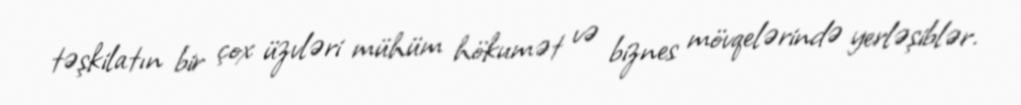
təşkilatın bir çox üzvləri mühüm hökumət və biznes mövqelərində yerləşiblər.